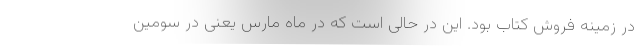
در زمینه فروش کتاب بود. این در حالی است که در ماه مارس یعنی در سومین